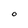
Character: O